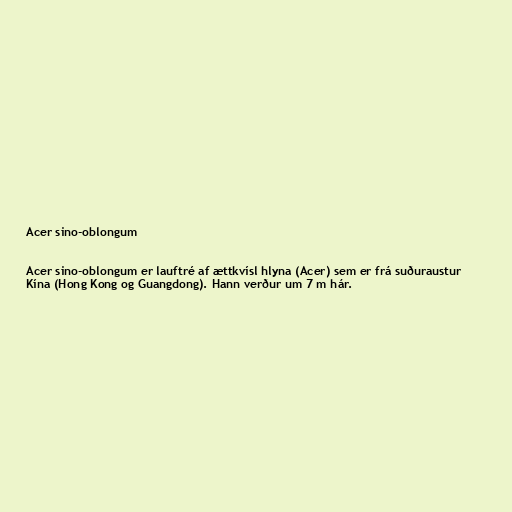
Acer sino-oblongum

Acer sino-oblongum er lauftré af ættkvísl hlyna (Acer) sem er frá suðuraustur
Kína (Hong Kong og Guangdong). Hann verður um 7 m hár.